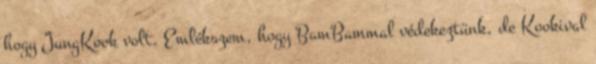
hogy JungKook volt. Emlékszem, hogy BamBammal védekeztünk, de Kookival